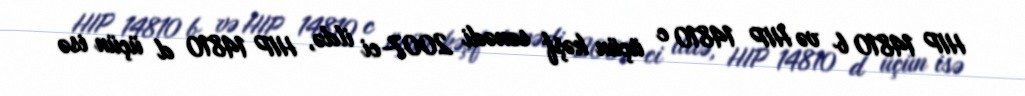
HIP 14810 b və HIP 14810 c üçün kəşf sənədi 2007-ci ildə, HIP 14810 d üçün isə